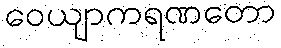
ဝေယျာကရဏတော